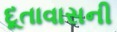
દૂતાવાસની